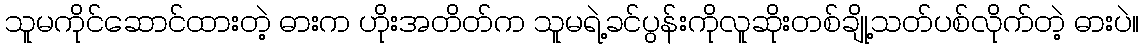
သူမကိုင်ဆောင်ထားတဲ့ ဓားက ဟိုးအတိတ်က သူမရဲ့ခင်ပွန်းကိုလူဆိုးတစ်ချို့သတ်ပစ်လိုက်တဲ့ ဓားပဲ။